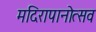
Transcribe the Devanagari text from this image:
मदिरापानोत्सव